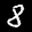
Label: 8